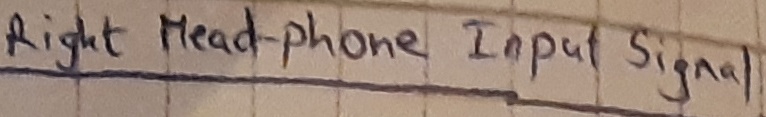
Text: Right headphone-Input signal